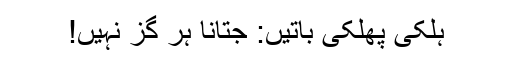
ہلکی پھلکی باتیں: جتانا ہر گز نہیں!